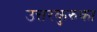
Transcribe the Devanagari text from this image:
उत्तरकुरुका